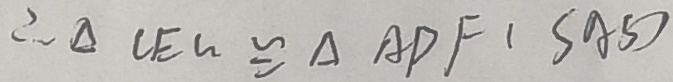
\therefore \Delta C E G \cong \Delta A D F ( S A S )